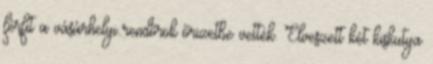
férfit a vásárhelyi rendőrök őrizetbe vették. Elveszett két kiskutya